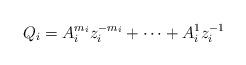
LaTeX: \begin{align*} Q_i = A_i^{m_i} z_i^{-m_i} + \cdots + A_i^1 z_i^{-1}\end{align*}